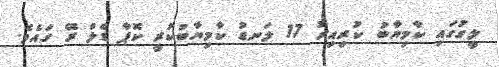
ލީގުގައި ކާމިޔާބު ކުރިއިރު 17 ލަނޑު ކާމިޔާބުކުރީ ކޮޕާ ޑެލް ރޭ ގައެވެ.